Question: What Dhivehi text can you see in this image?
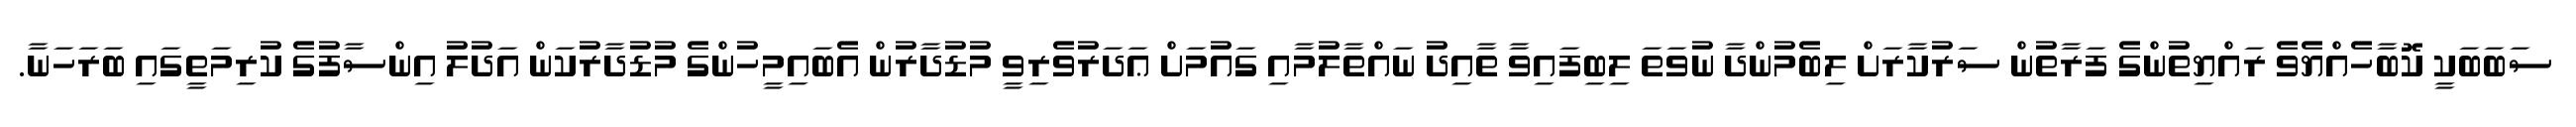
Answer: ސަބަބަކީ ކޮބާހެއްޔެވެ ރައްޔިތުންގެ ފަރާތުން ސަރުކާރަށް ލިބެމުންދާ ނުވަތަ ލިބިފައިވާ ތާއިދު ނައްތާލުމާއި ގައުމަށް ޢަދަރުވެރިވީ މުޑުދާރުން އެބައިމީހުންގެ މުޑުދާރުކަން އަދުލު އިންސާފުގެ ކުރިމަތީގައި ބަރަހަނާ.